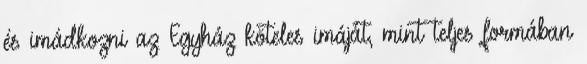
és imádkozni az Egyház köteles imáját, mint teljes formában